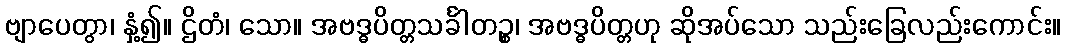
ဗျာပေတွာ၊ နှံ့၍။ ဌိတံ၊ သော။ အဗဒ္ဓပိတ္တသင်္ခါတဉ္စ၊ အဗဒ္ဓပိတ္တဟု ဆိုအပ်သော သည်းခြေလည်းကောင်း။